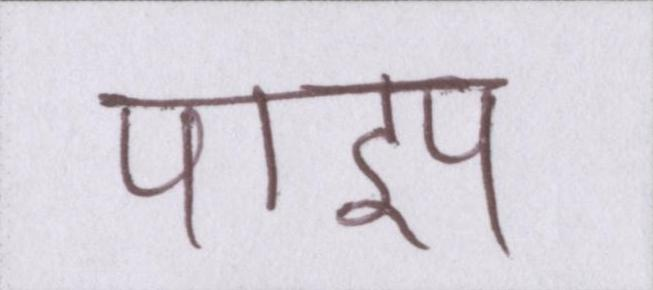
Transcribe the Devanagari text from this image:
पाइप